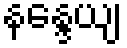
နန္ဒေယျ